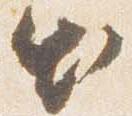
出